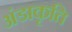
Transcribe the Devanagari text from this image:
अंडाकृति